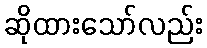
ဆိုထားသော်လည်း